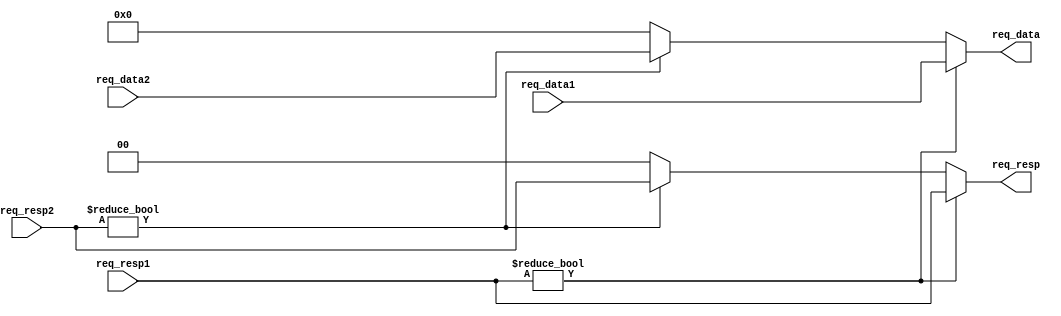
//  Library:  calc1
//  Module:  Output Mux

module mux_out(req_data, req_resp, req_data1, req_data2, req_resp1, req_resp2);
   
   output [0:31] req_data;
   output [0:1]  req_resp;
   
   input [0:31]  req_data1, req_data2;
   input [0:1] 	 req_resp1, req_resp2;
   
   assign 	 req_resp[0:1] = 
		 ( req_resp1[0:1] != 2'b00 ) ? req_resp1 :
		 ( req_resp2[0:1] != 2'b00 )  ? req_resp2 :
		 2'b00;

   assign 	 req_data[0:31] = 
		 ( req_resp1[0:1] != 2'b00 ) ? req_data1 :
		 ( req_resp2[0:1] != 2'b00 ) ? req_data2 :
		 32'b0;
   
      
   
endmodule // mux_out